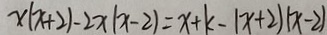
x ( x + 2 ) - 2 x ( x - 2 ) = x + k - ( x + 2 ) ( x - 2 )